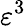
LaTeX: \varepsilon^{3}